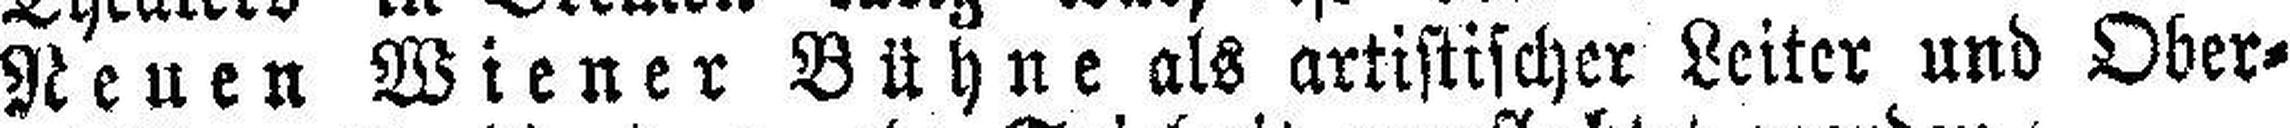
Neuen Wiener Bühne als artistischer Leiter und Ober¬